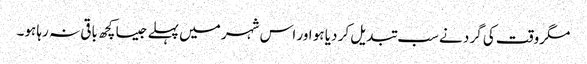
مگروقت کی گرد نے سب تبدیل کر دیا ہو اور اس شہر میں پہلے جیسا کچھ باقی نہ رہا ہو۔